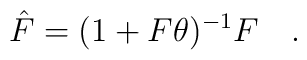
\hat F=(1+F\theta)^{-1}F\quad.